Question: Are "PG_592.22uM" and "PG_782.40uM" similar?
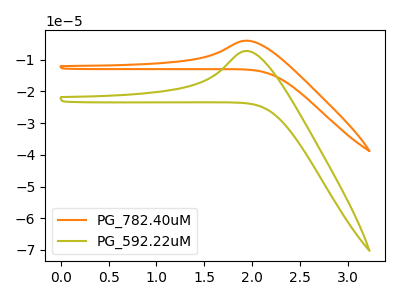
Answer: <think>The orange curve "PG_782.40uM" has an anodic peak at: (1.95V, -4.00uA). The olive curve "PG_592.22uM" has an anodic peak at: (1.95V, -7.25uA).
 All the peaks in "PG_592.22uM" have a peak in "PG_782.40uM" at the same potential. Every peak in "PG_592.22uM" is lower than every peak in "PG_782.40uM".</think>
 <answer>"PG_592.22uM" and "PG_782.40uM" are similar in shape.</answer>
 <eval>same_shape</eval>